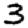
Digit: 3